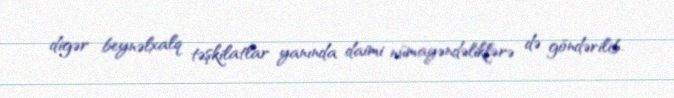
digər beynəlxalq təşkilatlar yanında daimi nümayəndəliklərə də göndərilib.